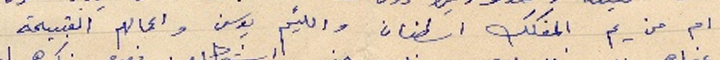
ام من يم المفكك اسطفان واللئيم يوسف واعمالهم القبيحة